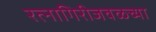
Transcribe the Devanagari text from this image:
रत्‍नागिरीजवळच्या